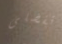
تفضلى